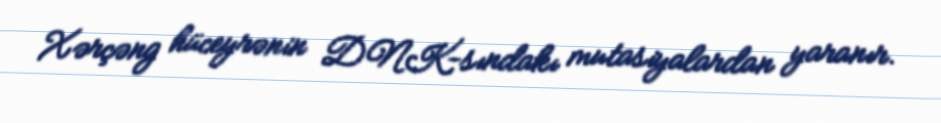
Xərçəng hüceyrənin DNK-sındakı mutasiyalardan yaranır.